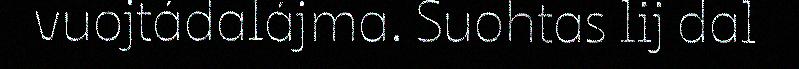
vuojtádalájma. Suohtas lij dal